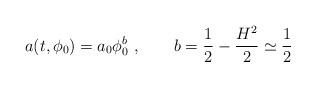
LaTeX: \begin{align*}a (t, \phi_0) = a_0 \phi_0^b~, \qquad b = \frac{1}{2} - \frac{H^2}{2}\simeq \frac{1}{2}\end{align*}